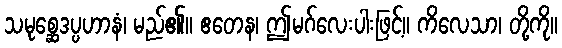
သမုစ္ဆေဒပ္ပဟာနံ၊ မည်၏။ ဧတေန၊ ဤမဂ်လေးပါးဖြင့်။ ကိလေသာ၊ တို့ကို။